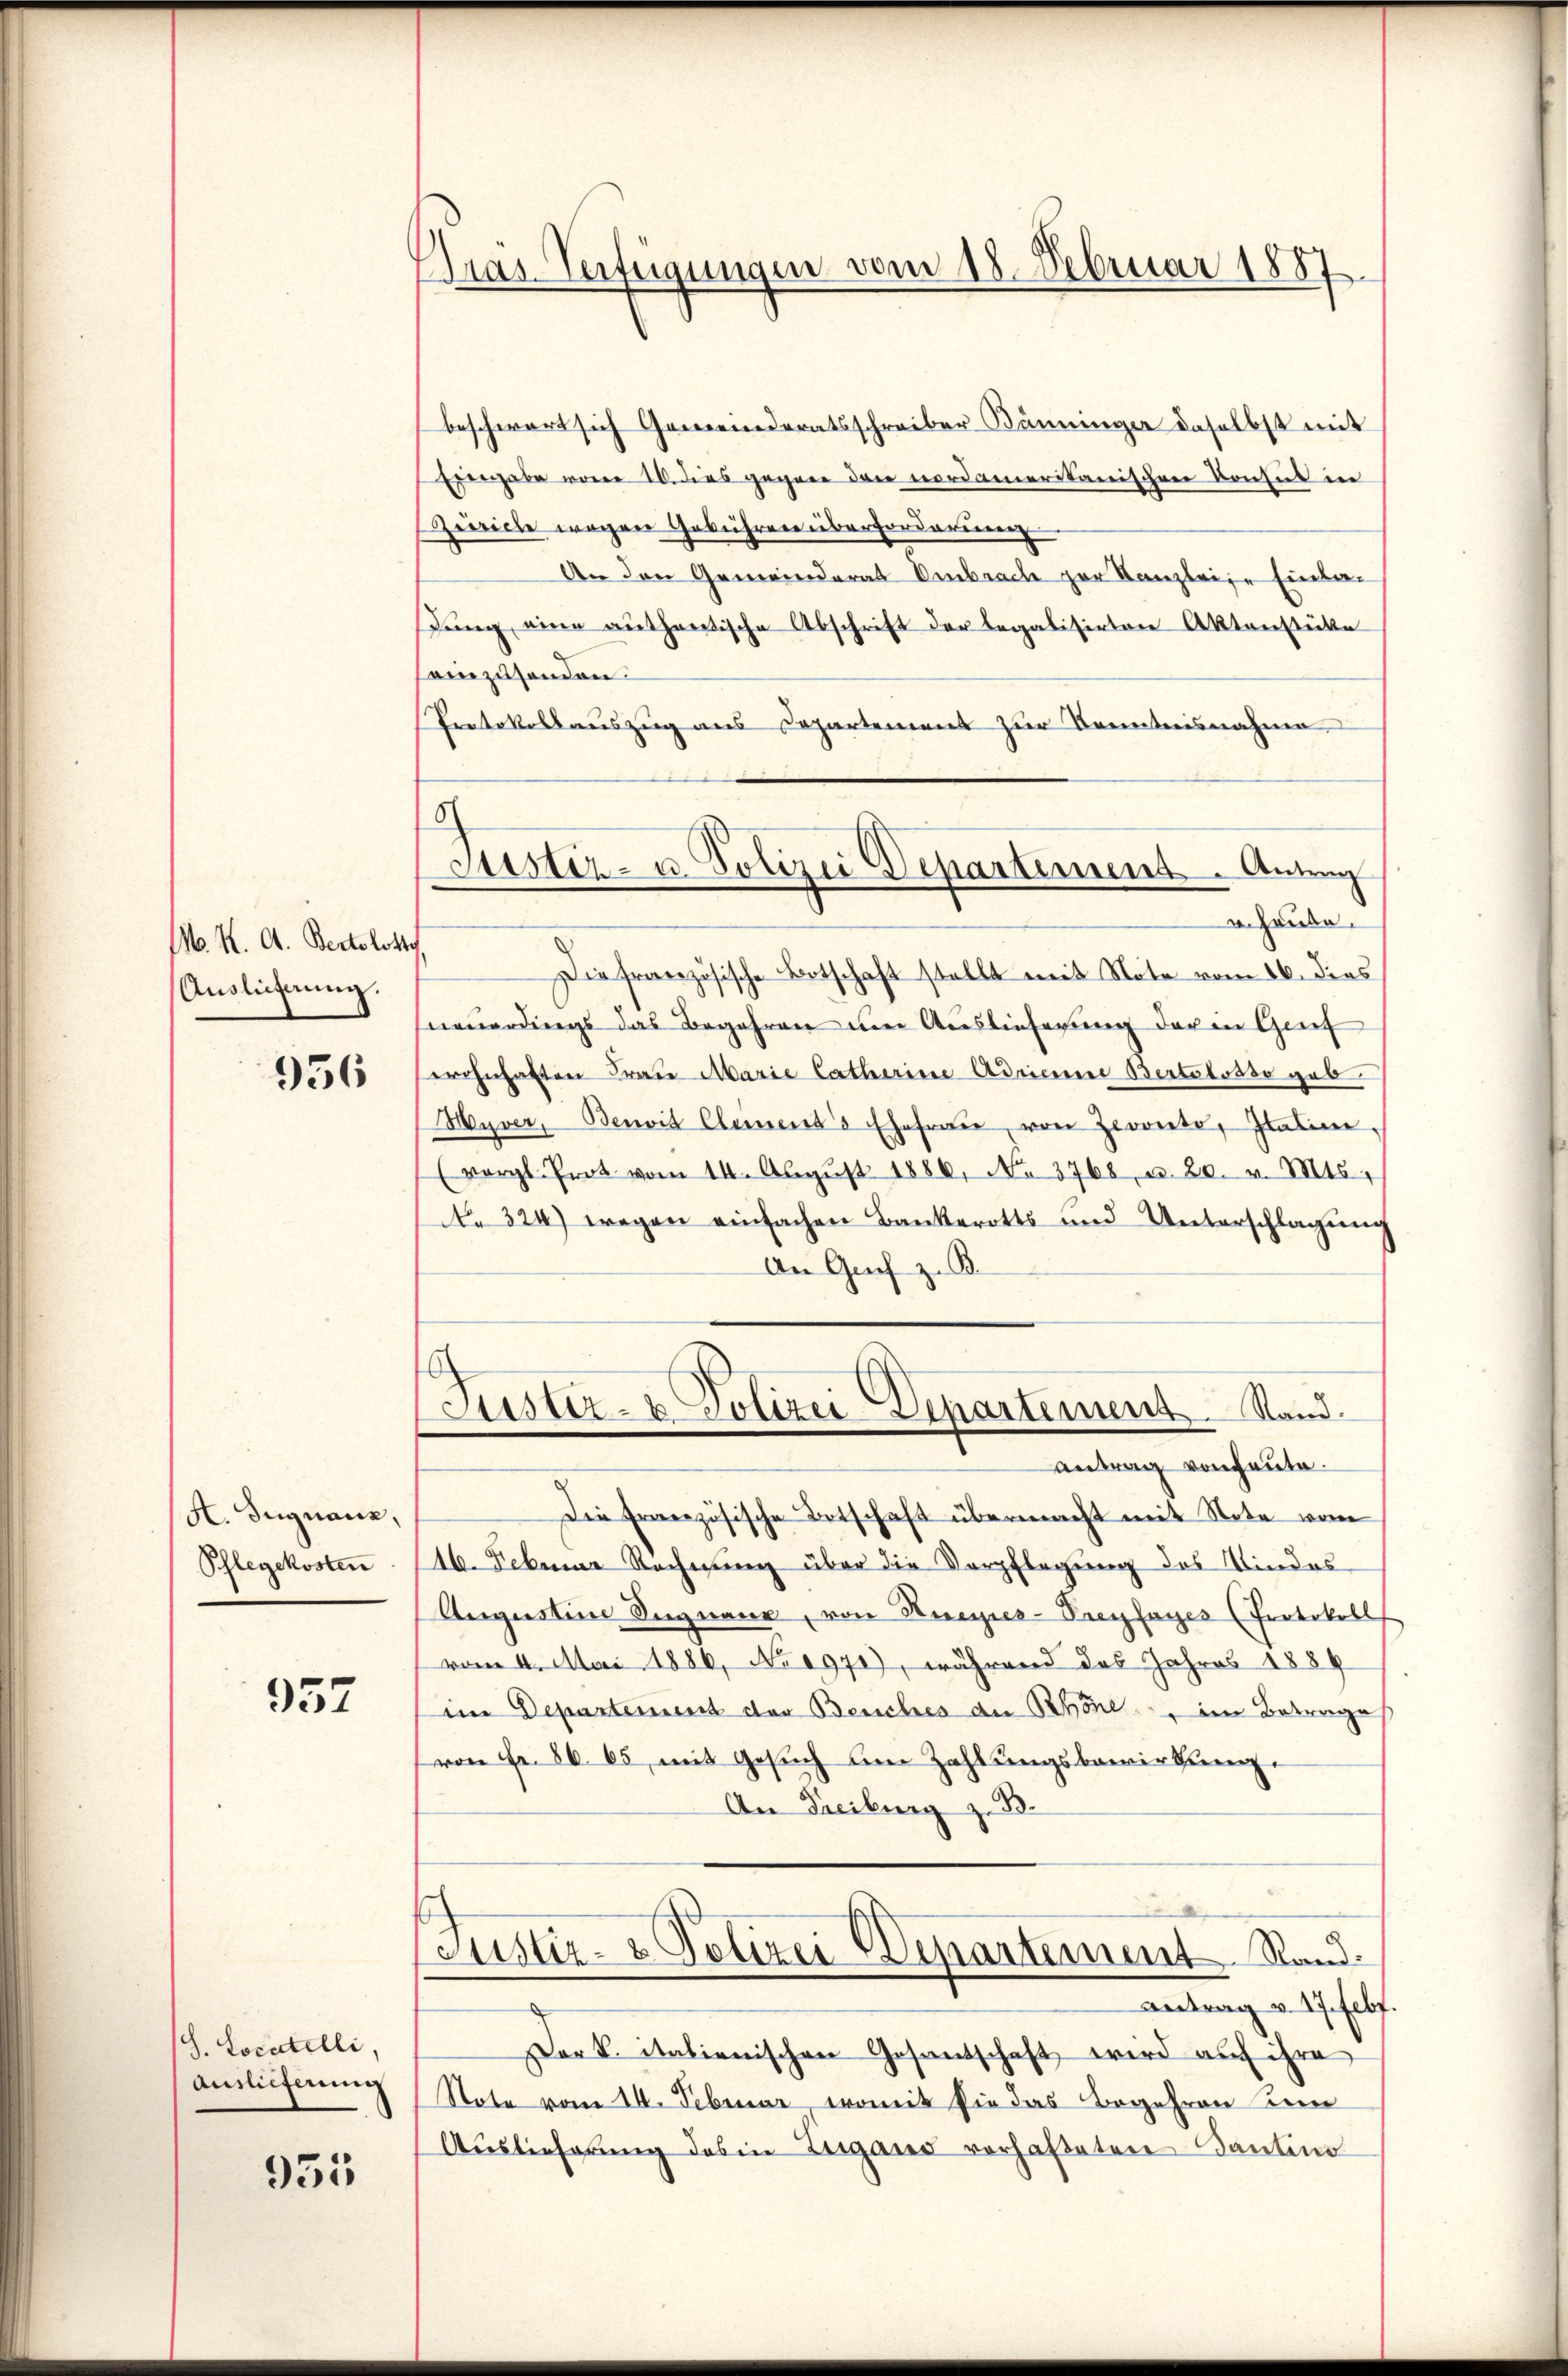
M. K. A. Bertolotte
Auslieferung.

956

A. Signanz,
Schlegekosten

957

S. Locatelli,
Auslieferung

955

Tras Verfügungen vom 18. Februar 1887

beschwert sich Gemeinderatsschreiber Bänninger daselbst mit
Hergabe von 10. dies gegen den nordamerikanischen Konsul in
ereiche wegen Gebührere überforderinnen
An den Gemeinderat Embrache zur Kanzleige Einladŭng eine authentische Abschrift der legalisirten Aktenstücke
senzusenden.
Protokollauszug aus Departement zur Kenntnisnahme
u. Hause.
Die französische Botschaft stellt mit Note vom 16. dies
neuerdings das Begehren um Auslieferung der in Genf
wohnhaften Frau Marie Catharine Adrianne Bertolosso gab.
Hyver, Benvit Clements Ehefraue, von Zorneto, Italine.
vergl. Prot vom 14. Aŭgŭst 1886, No 3768, u. 20. v. Mts
No 324) wegen einfachen Bankerotts und Unterschlagung
An Grief z. B.
Tuster- u Polizei Departement. Stand.
antrag von heute.
Die französische Botschaft übermacht mit Note vom
46. Februar Rechnung über die Verpflegung des Kindes
Augustine Signaue, von Kneipes-Treyfayes (Protokoll
vom 4. Mai 1886, No 1971), während das Jahres 1889
im Departement der Beuches an Schöne, im Betrage
von Fr. 86. 65 mit Gesŭch am Zahlungsbewirkung.
An Freiburg z. B.
Justiz- & Polizei Departement Rand¬
Antrag v. 17. Febr.
Dark. italienischen Gesantschaft, wird auf ihre
Note vom 14. Februar, womit sie das Begehren un
Auslieferung des in Zugano vorhafteten Kantino

16)
Stister- u. Polizei Departement. Antrag